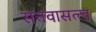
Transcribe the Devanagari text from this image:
सत्तवासत्त्व